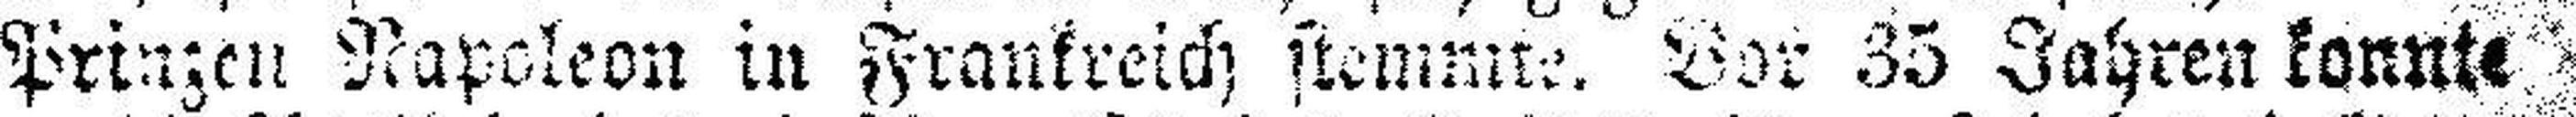
Prinzen Napoleon in Frankreich stemmte. Vor 35 Jahren konnte